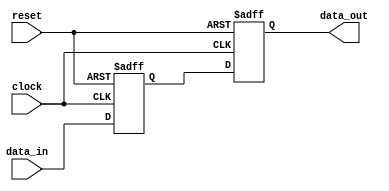
module synchronous_design (
    input wire clock,        // Clock input
    input wire reset,        // Asynchronous reset input
    input wire [7:0] data_in, // 8-bit data input
    output reg [7:0] data_out // 8-bit data output
);

    // Internal state variable
    reg [7:0] state;

    // Sequential logic block
    always @(posedge clock or posedge reset) begin
        if (reset) begin
            // Reset logic: initialize state and output
            state <= 8'b0;
            data_out <= 8'b0;
        end else begin
            // State update logic
            state <= data_in; // Load data on clock edge
            data_out <= state; // Output the current state
        end
    end

endmodule